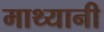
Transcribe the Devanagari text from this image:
माथ्यानी